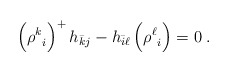
\begin{align*}\Bigl({\rho^k}_i\Bigr)^+\,h_{\bar k j}-h_{\bar i \ell}\,\Bigl({\rho^\ell}_i\Bigr)=0\;.\end{align*}